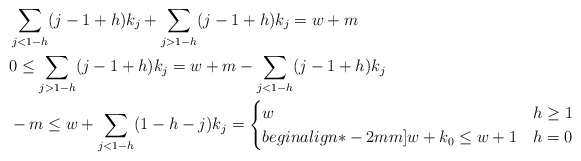
\begin{align*} & \sum_{j<1-h} (j-1+h)k_j + \sum_{j>1-h} (j-1+h)k_j = w +m \\ & 0 \leq \sum_{j>1-h} (j-1+h)k_j = w + m - \sum_{j<1-h} (j-1+h)k_j \\ & -m \leq w + \sum_{j<1-h} (1-h-j) k_{j} =\begin{cases} w & h\geq 1\\begin{align*}-2mm] w+ k_{0} \leq w+1 & h =0\end{cases}\end{align*}